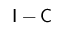
{ \mathsf I } - { \mathsf C }